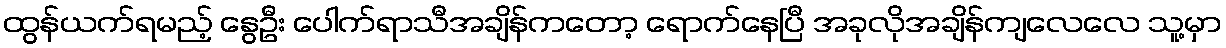
ထွန်ယက်ရမည့် နွေဦး ပေါက်ရာသီအချိန်ကတော့ ရောက်နေပြီ အခုလိုအချိန်ကျလေလေ သူ့မှာ